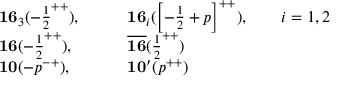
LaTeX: \begin{array} { l l } { { { \bf 1 6 } _ { 3 } ( - { \frac { 1 } { 2 } } ^ { + + } ) , \qquad } } & { { { \bf 1 6 } _ { i } ( \left[ - { \frac { 1 } { 2 } } + p \right] ^ { + + } ) , \qquad i = 1 , 2 } } \\ { { { \bf 1 6 } ( - { \frac { 1 } { 2 } } ^ { + + } ) , \qquad } } & { { { \bf \overline { { { 1 6 } } } } ( { \frac { 1 } { 2 } } ^ { + + } ) } } \\ { { { \bf 1 0 } ( - p ^ { - + } ) , \qquad } } & { { { \bf 1 0 ^ { \prime } } ( p ^ { + + } ) } } \end{array}